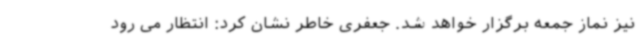
نیز نماز جمعه برگزار خواهد شد. جعفری خاطر نشان کرد: انتظار می رود